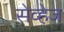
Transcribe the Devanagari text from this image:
सेव्हेज